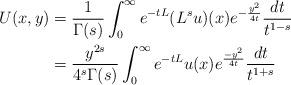
LaTeX: \begin{align*}U(x,y)&=\frac{1}{\Gamma(s)}\int_0^{\infty} e^{-tL}(L^s u)(x)e^{-\frac{y^2}{4t}}\frac{dt}{t^{1-s}}\\&=\frac{y^{2s}}{4^s\Gamma(s)}\int_0^{\infty}e^{-tL}u(x)e^{\frac{-y^2}{4t}}\frac{dt}{t^{1+s}}\end{align*}